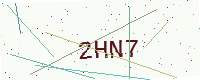
Text: 2HN7